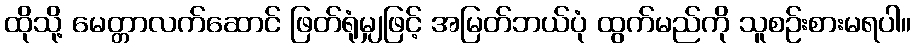
ထိုသို့ မေတ္တာလက်ဆောင် ဖြတ်ရုံမျှဖြင့် အမြတ်ဘယ်ပုံ ထွက်မည်ကို သူစဉ်းစားမရပါ။